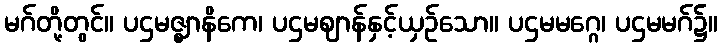
မဂ်တို့တွင်။ ပဌမဇ္ဈာနိကေ၊ ပဌမဈာန်နှင့်ယှဉ်သော။ ပဌမမဂ္ဂေ၊ ပဌမမဂ်၌။